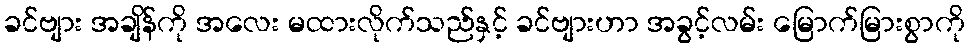
ခင်ဗျား အချိန်ကို အလေး မထားလိုက်သည်နှင့် ခင်ဗျားဟာ အခွင့်လမ်း မြောက်မြားစွာကို